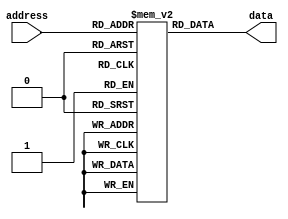
module fuse_ROM (
    input [7:0] address,
    output [7:0] data
);

reg [7:0] memory [0:255];

initial
begin
    // Initialize memory contents with desired data values
    memory[0] = 8'b10101010;
    memory[1] = 8'b11001100;
    // Add more data values as needed
end

assign data = memory[address];

endmodule